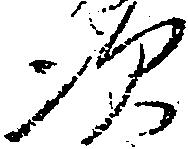
次